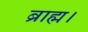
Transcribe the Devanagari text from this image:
ब्राह्म।